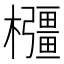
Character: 𭬰